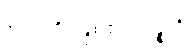
ဟောတိ၊ ဖြစ်၏။ ပဉ္စဟိ၊